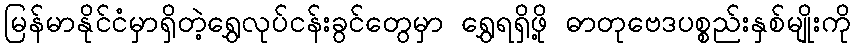
မြန်မာနိုင်ငံမှာရှိတဲ့ရွှေလုပ်ငန်းခွင်တွေမှာ ရွှေရရှိဖို့ ဓာတုဗေဒပစ္စည်းနှစ်မျိုးကို